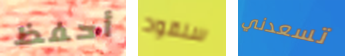
أحفظ سنقود تسعدني